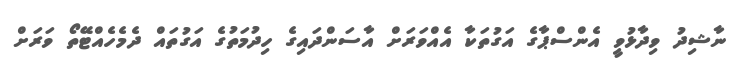
ނާޝިދު ވިދާޅުވީ އެންސްޕާގެ އަގުތަކާ އެއްވަރަށް އާސަންދައިގެ ހިދުމަތުގެ އަގުތައް ދެމެހެއްޓޭތޯ ވަރަށް